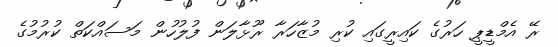
ރޭ އެމްޑީޕީ ހަރުގެ ކައިރީގައި ކުރި މުޒާހަރާ ރޫޅާލަން ފުލުހުން މަސައްކަތް ކުރުމުގެ